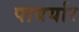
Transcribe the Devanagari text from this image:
पायर्यार